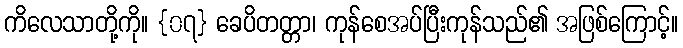
ကိလေသာတို့ကို။ {၀၇} ခေပိတတ္တာ၊ ကုန်စေအပ်ပြီးကုန်သည်၏ အဖြစ်ကြောင့်။